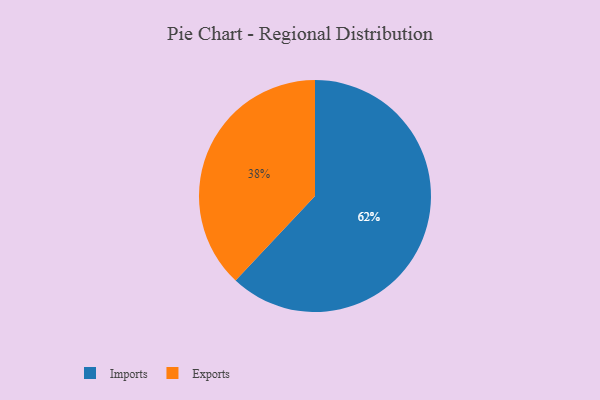
{"axis": {"x": "Category", "y": "Percentage"}, "legend": ["Exports", "Imports"], "data": [{"x": "Exports", "y": 38, "type": "Exports"}, {"x": "Imports", "y": 62, "type": "Imports"}]}